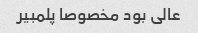
عالی بود مخصوصا پلمبیر